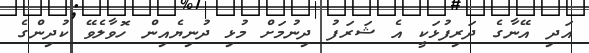
އަދި އޭނާގެ ދަރިފުޅަކީ އެ ޝަރަފު ދިނުމަށް މުޅި ދުނިޔެއިން ހޮވާލެވޭ ކުދިންގެ